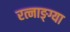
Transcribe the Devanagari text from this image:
रत्नाङ्ग्या